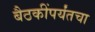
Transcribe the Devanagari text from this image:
बैठकींपर्यंतचा